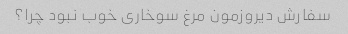
سفارش دیروزمون مرغ سوخاری خوب نبود چرا؟